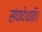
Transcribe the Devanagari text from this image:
संपादेथाति।